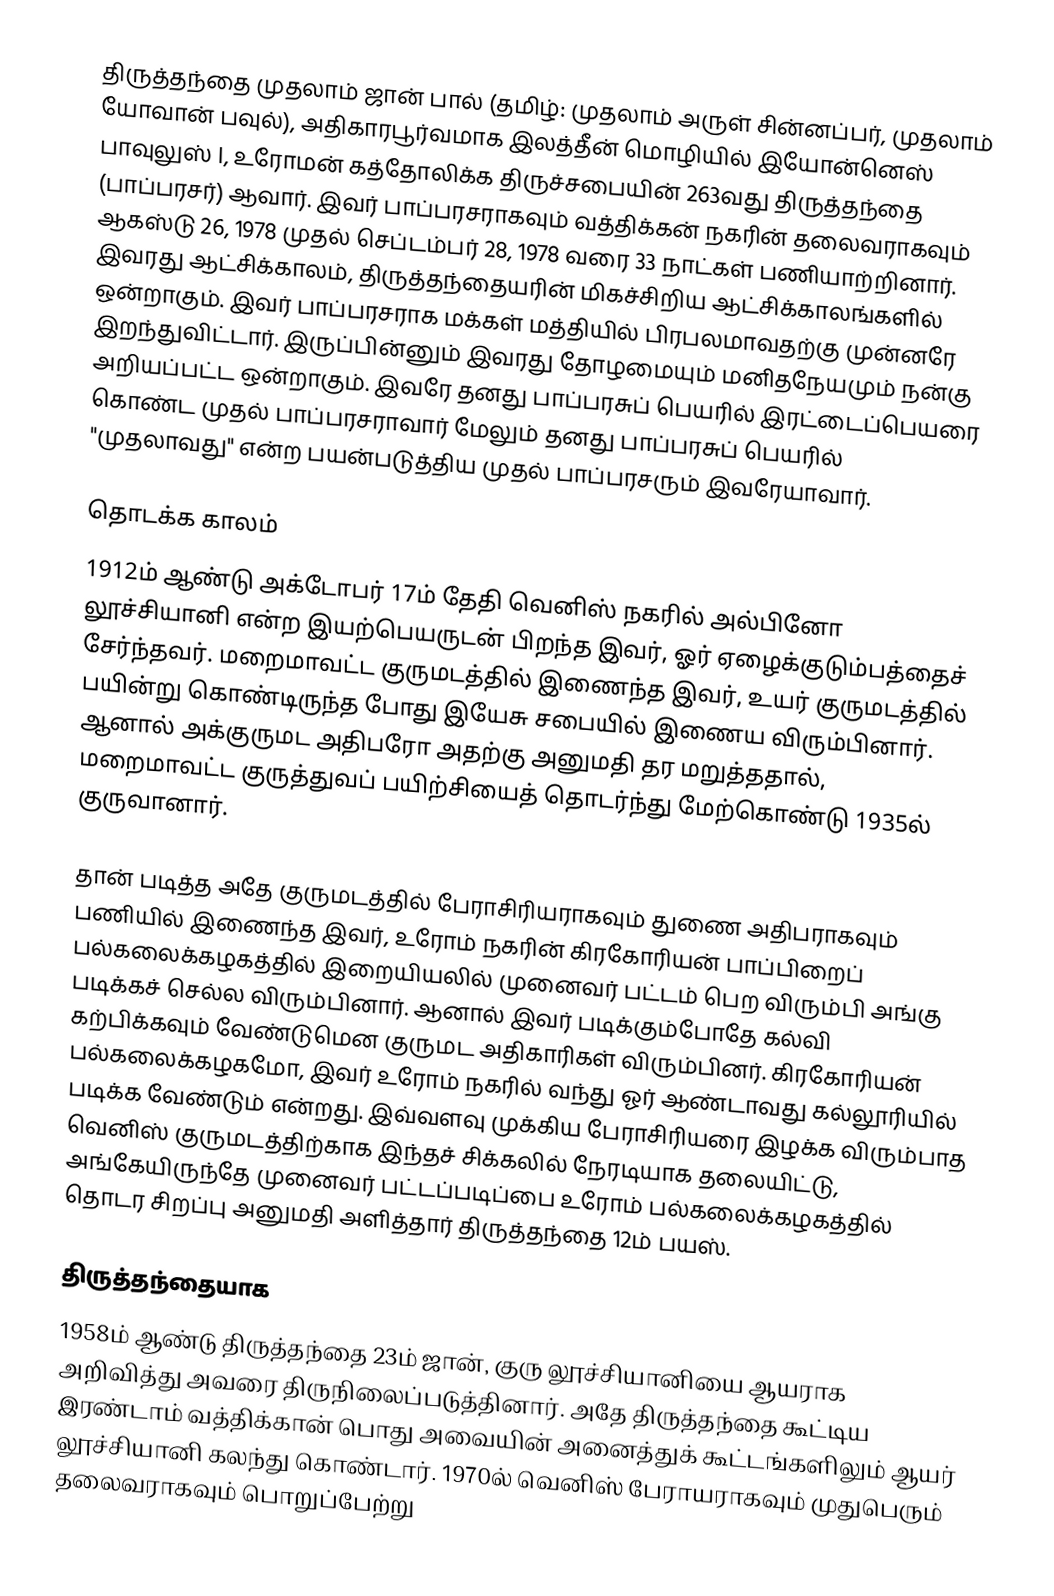
திருத்தந்தை முதலாம் ஜான் பால் (தமிழ்: முதலாம் அருள் சின்னப்பர், முதலாம் யோவான் பவுல்), அதிகாரபூர்வமாக இலத்தீன் மொழியில் இயோன்னெஸ் பாவுலுஸ் I, உரோமன் கத்தோலிக்க திருச்சபையின்  263வது திருத்தந்தை (பாப்பரசர்) ஆவார். இவர் பாப்பரசராகவும் வத்திக்கன் நகரின் தலைவராகவும் ஆகஸ்டு 26, 1978 முதல் செப்டம்பர் 28, 1978 வரை 33 நாட்கள் பணியாற்றினார். இவரது ஆட்சிக்காலம், திருத்தந்தையரின் மிகச்சிறிய ஆட்சிக்காலங்களில் ஒன்றாகும். இவர் பாப்பரசராக மக்கள் மத்தியில் பிரபலமாவதற்கு முன்னரே இறந்துவிட்டார். இருப்பின்னும் இவரது தோழமையும் மனிதநேயமும் நன்கு அறியப்பட்ட ஒன்றாகும். இவரே தனது பாப்பரசுப் பெயரில் இரட்டைப்பெயரை கொண்ட முதல் பாப்பரசராவார் மேலும் தனது பாப்பரசுப் பெயரில் "முதலாவது" என்ற பயன்படுத்திய முதல் பாப்பரசரும் இவரேயாவார்.

தொடக்க காலம்
1912ம் ஆண்டு அக்டோபர் 17ம் தேதி வெனிஸ் நகரில் அல்பினோ லூச்சியானி என்ற இயற்பெயருடன் பிறந்த இவர், ஓர் ஏழைக்குடும்பத்தைச் சேர்ந்தவர். மறைமாவட்ட குருமடத்தில் இணைந்த இவர், உயர் குருமடத்தில் பயின்று கொண்டிருந்த போது இயேசு சபையில் இணைய விரும்பினார். ஆனால் அக்குருமட அதிபரோ அதற்கு அனுமதி தர மறுத்ததால், மறைமாவட்ட குருத்துவப் பயிற்சியைத் தொடர்ந்து மேற்கொண்டு 1935ல் குருவானார்.

தான் படித்த அதே குருமடத்தில் பேராசிரியராகவும் துணை அதிபராகவும் பணியில் இணைந்த இவர், உரோம் நகரின் கிரகோரியன் பாப்பிறைப் பல்கலைக்கழகத்தில் இறையியலில் முனைவர் பட்டம் பெற விரும்பி அங்கு படிக்கச் செல்ல விரும்பினார். ஆனால் இவர் படிக்கும்போதே கல்வி கற்பிக்கவும் வேண்டுமென குருமட அதிகாரிகள் விரும்பினர். கிரகோரியன் பல்கலைக்கழகமோ, இவர் உரோம் நகரில் வந்து ஓர் ஆண்டாவது கல்லூரியில் படிக்க வேண்டும் என்றது. இவ்வளவு முக்கிய பேராசிரியரை இழக்க விரும்பாத வெனிஸ் குருமடத்திற்காக இந்தச் சிக்கலில் நேரடியாக தலையிட்டு, அங்கேயிருந்தே முனைவர் பட்டப்படிப்பை உரோம் பல்கலைக்கழகத்தில் தொடர சிறப்பு அனுமதி அளித்தார் திருத்தந்தை 12ம் பயஸ்.

திருத்தந்தையாக
1958ம் ஆண்டு திருத்தந்தை 23ம் ஜான், குரு லூச்சியானியை ஆயராக அறிவித்து அவரை திருநிலைப்படுத்தினார். அதே திருத்தந்தை கூட்டிய இரண்டாம் வத்திக்கான் பொது அவையின் அனைத்துக் கூட்டங்களிலும் ஆயர் லூச்சியானி கலந்து கொண்டார். 1970ல் வெனிஸ் பேராயராகவும் முதுபெரும் தலைவராகவும் பொறுப்பேற்று